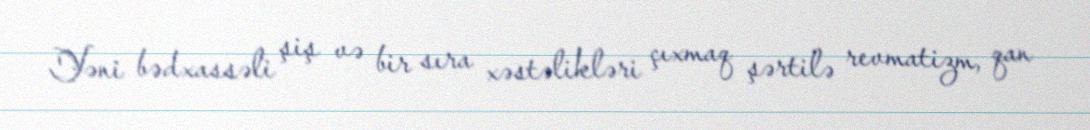
Yəni bədxassəli şiş və bir sıra xəstəlikləri çıxmaq şərtilə revmatizm, qan